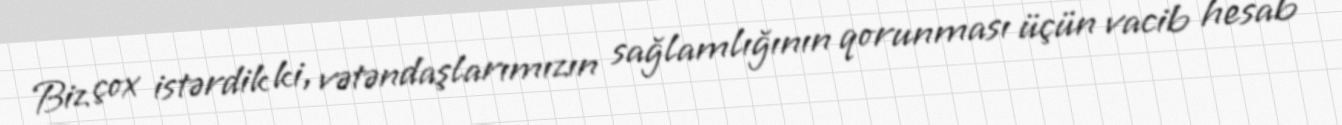
Biz çox istərdik ki, vətəndaşlarımızın sağlamlığının qorunması üçün vacib hesab